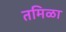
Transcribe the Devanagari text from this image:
तमिळा